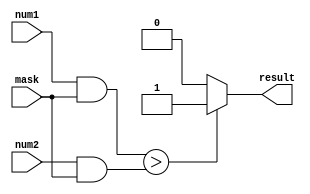
module Masked_comparator (
    input [7:0] num1,
    input [7:0] num2,
    input [7:0] mask,
    output reg result // Output bit representing the result of the comparison
);

reg [7:0] masked_num1, masked_num2;

always @(*) begin
    masked_num1 = num1 & mask;
    masked_num2 = num2 & mask;
end

always @(*) begin
    if (masked_num1 > masked_num2) begin
        result = 1; //num1 is greater than num2
    end else if (masked_num1 < masked_num2) begin
        result = 0; //num1 is less than num2
    end else begin
        result = 2; //num1 is equal to num2
    end
end

endmodule